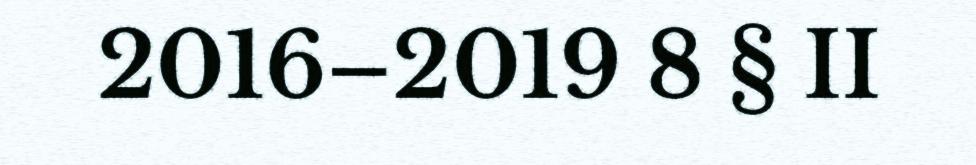
2016–2019 8 § II